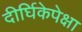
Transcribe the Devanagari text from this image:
दीर्घिकेपेक्षा